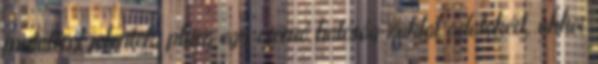
mutatóról jelentek, plusz egy csomó hatóság zaklat adatokért, akkor